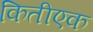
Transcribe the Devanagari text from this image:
कितीएक